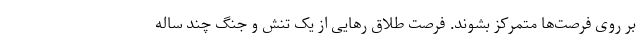
بر روی فرصت‌ها متمرکز بشوند. فرصت طلاق رهایی از یک تنش و جنگ چند ساله